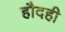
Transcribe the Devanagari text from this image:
हौदही